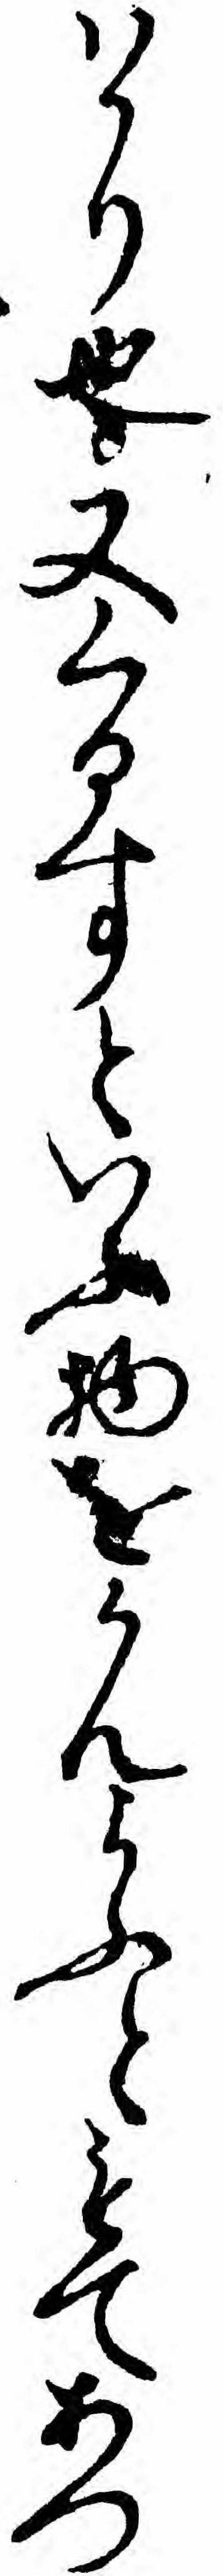
ハかり也又くるすといふ物をかんよふともてあつ